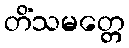
တိံသမတ္တေ